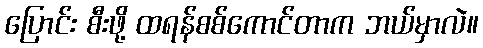
ပြောင်း စီးဖို့ ထရန်စစ်ကောင်တာက ဘယ်မှာလဲ။